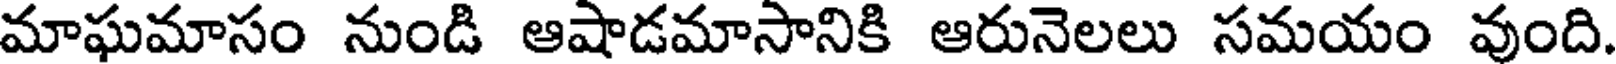
మాఘమాసం నుండి ఆషాడమాసానికి ఆరునెలలు సమయం వుంది.